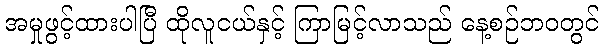
အမှုဖွင့်ထားပါပြီ ထိုလူငယ်နှင့် ကြာမြင့်လာသည် နေ့စဉ်ဘ၀တွင်